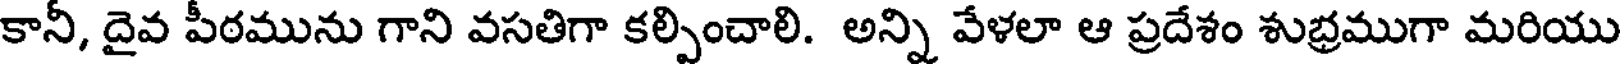
కానీ, దైవ పీఠమును గాని వసతిగా కల్పించాలి. అన్ని వేళలా ఆ ప్రదేశం శుభ్రముగా మరియు